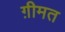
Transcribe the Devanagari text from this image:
ग़ीमत